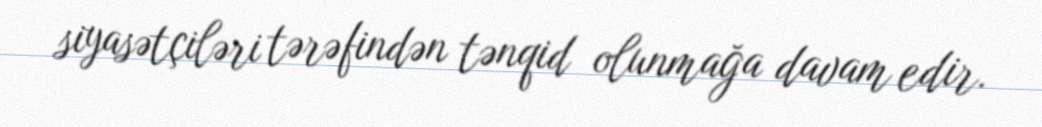
siyasətçiləri tərəfindən tənqid olunmağa davam edir.